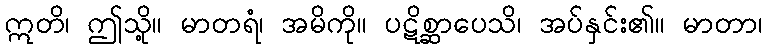
ဣတိ၊ ဤသို့။ မာတရံ၊ အမိကို။ ပဋိစ္ဆာပေသိ၊ အပ်နှင်း၏။ မာတာ၊